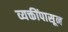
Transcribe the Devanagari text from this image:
व्यक्तींपासून